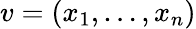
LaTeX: v=(x_{1},\ldots,x_{n})